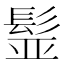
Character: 𩬾